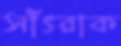
সাঁৎরাক